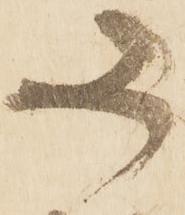
又